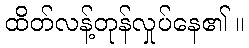
ထိတ်လန့်တုန်လှုပ်နေ၏ ။